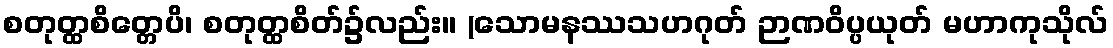
စတုတ္ထစိတ္တေပိ၊ စတုတ္ထစိတ်၌လည်း။ (သောမနဿသဟဂုတ် ဉာဏဝိပ္ပယုတ် မဟာကုသိုလ်